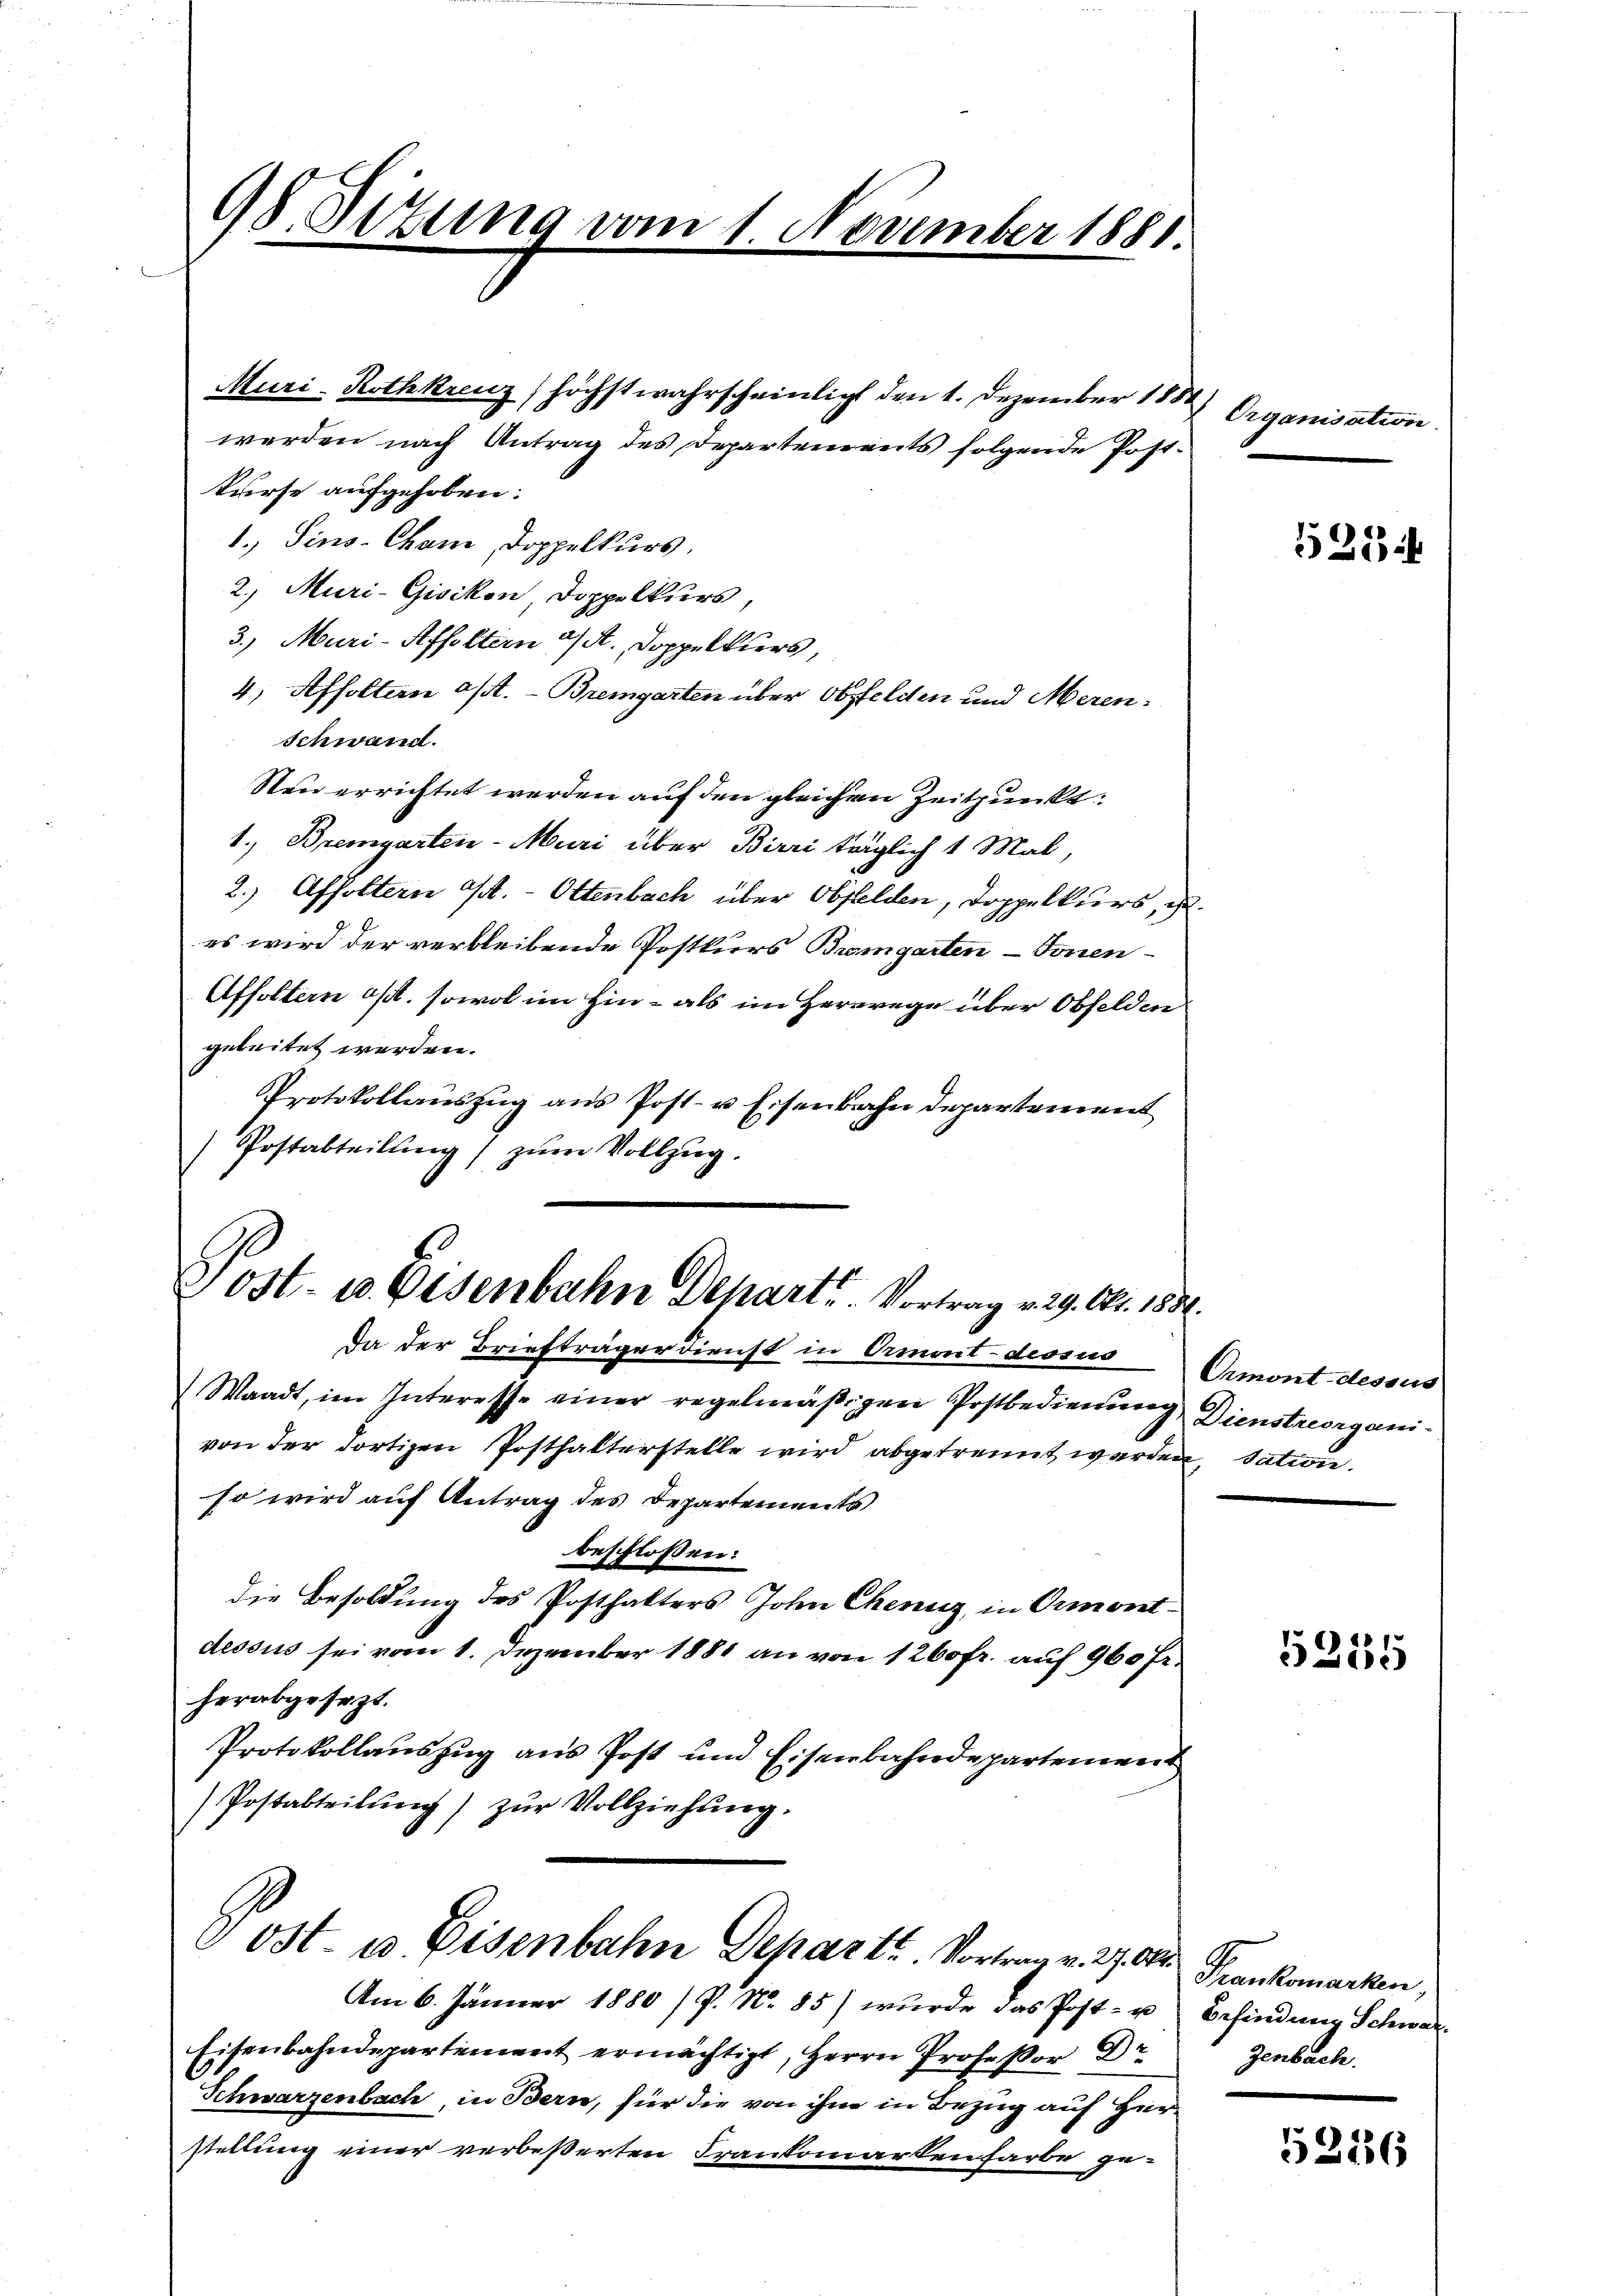
Post- u. Eisenbahn Depart. Vortrag v. 29. Okt. 1836.

98. Sitzung vom 1. November 1881

werden nach Antrag des Departements folgende Post¬

Muri-Rothkreuz, höchst wahrscheinlich den 1. Dezember 1880

kurse aufgehoben:
1.) Sins-Cham, Doppelkurs,
2., Muri-Gisikon, Doppelkurs
3., Muri-Affoltern a/A. Doppelkurs,
4) Affoltern asst. - Bremgarten über Obfelden und Meren
Schwand.
Steu errichtet werden auf den gleichen Zeitpunkt.
1. Bremgarten-Muri über Birri träglich 1 Mal,
2.) Affoltern M. Ottenbach über Obfelden, Doppelkurs, u.
es wird der verbleibende Postkurs Bremgarten-Fonen-
Affoltern oft, sowol im Hin- als im Herrege über Obfelden
geleitet werden.
Protokollauszug aus Post- u Eisenbahn departement
Postabteilung) zum Vollzug.

Da der Briefträger dienst in Ormont-dessus
Waadt, im Interesse einer regelmäβigen Postbedienŭng Dienstreorgani-
von der dortigen Posthalterstelle wird abgetrennt werden, dation.
so wird auf Antrag des Departements
beschlossen:
die Besoldung des Posthalters John Cheniz, in Ormont-
dessus sei vom 1. Dezember 1881 an von 1260 fr. auf 960 Fr.
herabgesezt.
Protokollauszug aus Post und Eisenbahndepartement
Postabteilung) zur Vollziehung.
Post- u. Eisenbahn Departe Vortrag v. 27. A. Frankomarken,
Am 6. Jänner 1880 /P. Nr. 85) wurde das Post- u Befindung Schwar¬
Eisenbahndepartement ermächtigt, Herrn Professor Dr. Jenbach.
Schwarzenbach, in Bern, hier die von ihn in Bezug auf Herstellung einer verbeßerten Frankomartenfarbe ge-

1 Organisation

525

Ormont-dessus

5235

5236